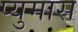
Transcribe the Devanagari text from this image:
प्युमास